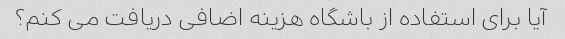
آیا برای استفاده از باشگاه هزینه اضافی دریافت می کنم؟